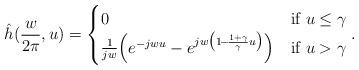
LaTeX: \begin{align*} \hat{h}(\frac{w}{2\pi},u) = \begin{cases} 0 & \textrm{if } u \le \gamma \\ \frac{1}{jw}\Big(e^{-jwu} - e^{jw \big(1 \!-\! \frac{1+\gamma}{\gamma}u \big)}\Big) & \textrm{if } u > \gamma \end{cases}. \end{align*}